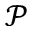
\mathcal { P }